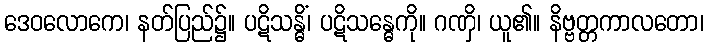
ဒေဝလောကေ၊ နတ်ပြည်၌။ ပဋိသန္ဓိံ၊ ပဋိသန္ဓေကို။ ဂဏှိ၊ ယူ၏။ နိဗ္ဗတ္တကာလတော၊